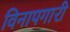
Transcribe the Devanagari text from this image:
विनापगारी